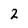
Character: 2